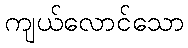
ကျယ်လောင်သော